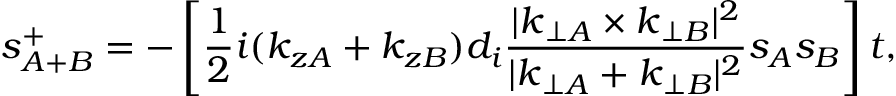
s _ { A + B } ^ { + } = - \left[ \frac { 1 } { 2 } i ( k _ { z A } + k _ { z B } ) d _ { i } \frac { | \boldsymbol { k } _ { \perp A } \times \boldsymbol { k } _ { \perp B } | ^ { 2 } } { | \boldsymbol { k } _ { \perp A } + \boldsymbol { k } _ { \perp B } | ^ { 2 } } s _ { A } s _ { B } \right] t ,